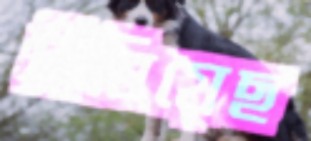
নিবিয়েছ